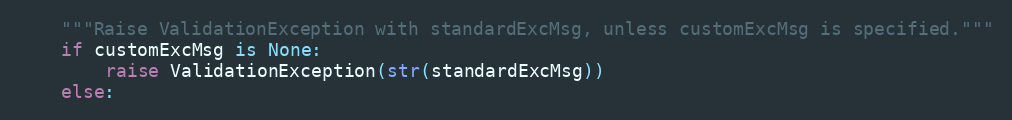
Language: Python
    """Raise ValidationException with standardExcMsg, unless customExcMsg is specified."""
    if customExcMsg is None:
        raise ValidationException(str(standardExcMsg))
    else: